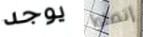
يوجد إتصلوا